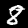
Digit: 8